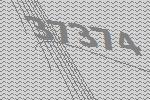
37374